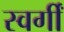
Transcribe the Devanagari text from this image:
स्वर्गीं